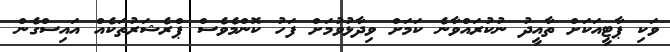
ވަކި ޕާޓީއަކަށް ތާއީދު ނުކުރައްވާނެ ކަމަށް ވިދާޅުވުމަށް ފަހު ކޮންމެވެސް ޕްރެޝަރުތަކެއް އައިސްގެން